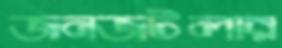
জনজটলার